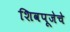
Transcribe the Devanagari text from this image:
शिवपूजेचे